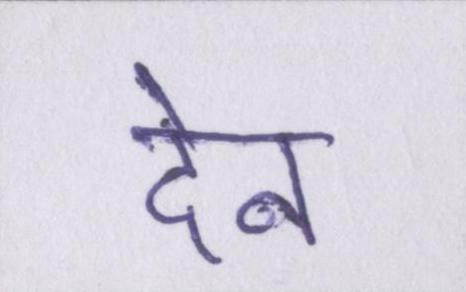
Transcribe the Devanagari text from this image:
देन